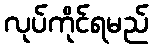
လုပ်ကိုင်ရမည်